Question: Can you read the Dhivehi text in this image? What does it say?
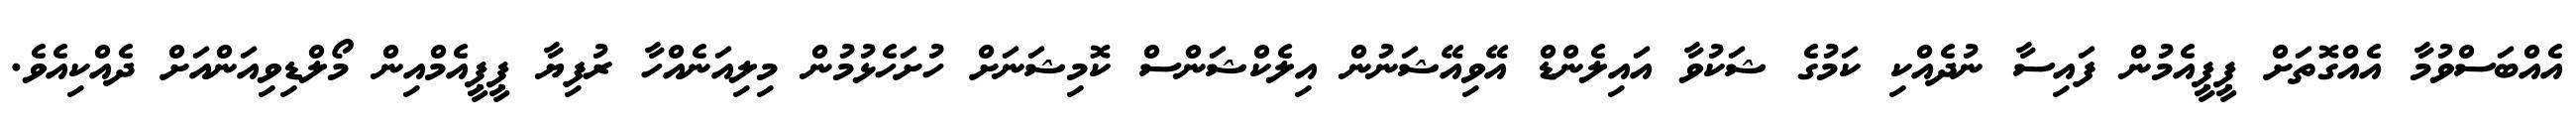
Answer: އެއްބަސްވުމާ އެއްގޮތަށް ޕީޕީއެމުން ފައިސާ ނުދެއްކި ކަމުގެ ޝަކުވާ އައިލެންޑް އޭވިއޭޝަނުން އިލެކްޝަންސް ކޮމިޝަނަށް ހުށަހެޅުމުން މިލިއަނެއްހާ ރުފިޔާ ޕީޕީއެމްއިން މޯލްޑިވިއަންއަށް ދެއްކިއެވެ.